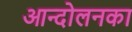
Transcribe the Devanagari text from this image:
आन्दोलनका